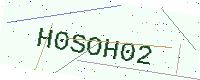
Text: H0SOH02